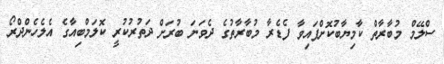
ސްލޭމް މުބާރާތް ކާމިޔާބުކޮށްފައިވާ ފެޑެރާ މުބާރާތުގެ ދެވަނަ ބުރަށް ދަތުރުކުރީ ކޮލަމްބިއާގެ އެލެހެންދްރޯ